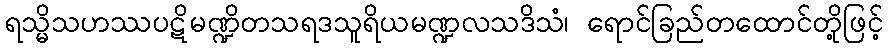
ရသ္မိသဟဿပဋိမဏ္ဍိတသရဒသူရိယမဏ္ဍလသဒိသံ၊ ရောင်ခြည်တထောင်တို့ဖြင့်